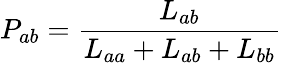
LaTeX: P_{ab}=\frac{L_{ab}}{L_{aa}+L_{ab}+L_{bb}}